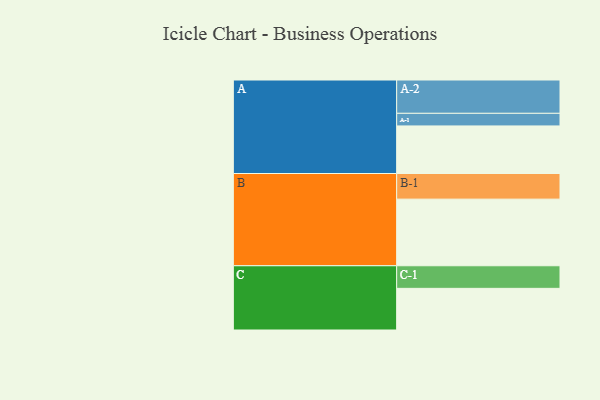
{"axis": {"x": "Segment", "y": "Value"}, "legend": ["", "A", "B", "C"], "data": [{"x": "A", "y": 377, "type": ""}, {"x": "B", "y": 528, "type": ""}, {"x": "C", "y": 330, "type": ""}, {"x": "A-1", "y": 100, "type": "A"}, {"x": "A-2", "y": 264, "type": "A"}, {"x": "B-1", "y": 203, "type": "B"}, {"x": "C-1", "y": 179, "type": "C"}]}